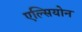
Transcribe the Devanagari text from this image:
एल्सियोन